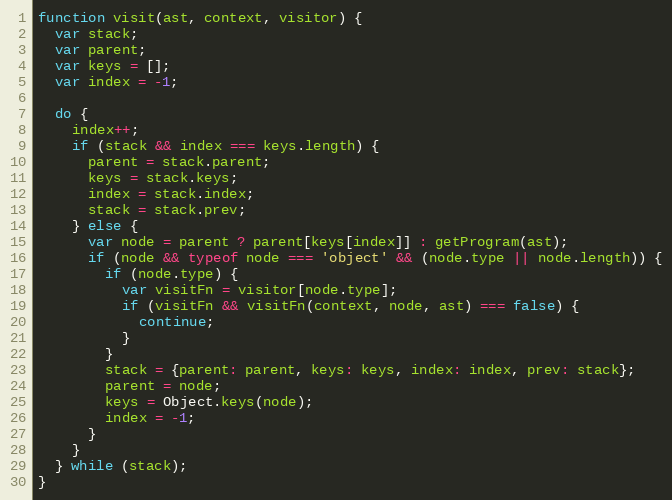
Language: JavaScript
function visit(ast, context, visitor) {
  var stack;
  var parent;
  var keys = [];
  var index = -1;

  do {
    index++;
    if (stack && index === keys.length) {
      parent = stack.parent;
      keys = stack.keys;
      index = stack.index;
      stack = stack.prev;
    } else {
      var node = parent ? parent[keys[index]] : getProgram(ast);
      if (node && typeof node === 'object' && (node.type || node.length)) {
        if (node.type) {
          var visitFn = visitor[node.type];
          if (visitFn && visitFn(context, node, ast) === false) {
            continue;
          }
        }
        stack = {parent: parent, keys: keys, index: index, prev: stack};
        parent = node;
        keys = Object.keys(node);
        index = -1;
      }
    }
  } while (stack);
}